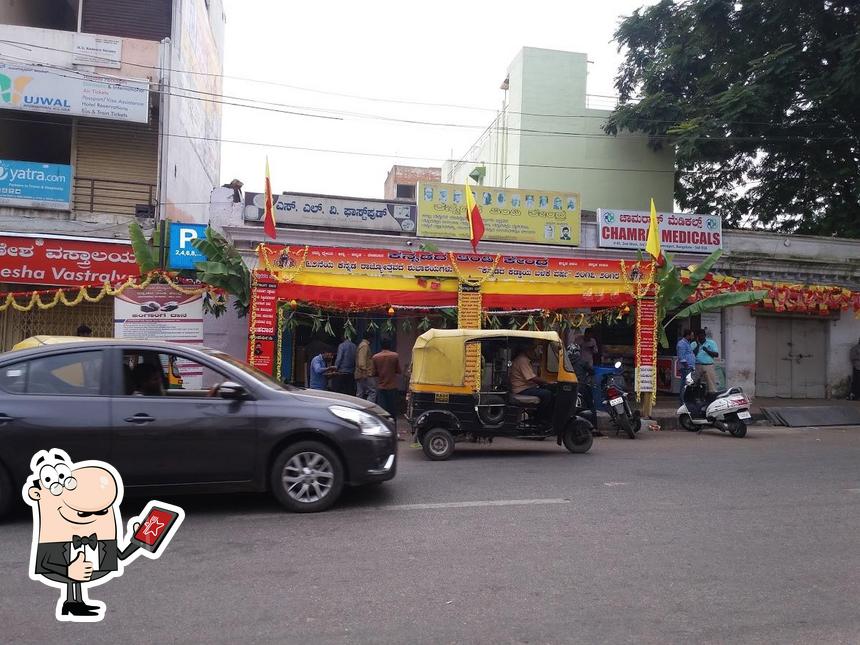
Language: kannada
Transcription: ವಸ್ತ್ರಾಲಯ